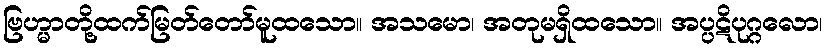
ဗြဟ္မာတို့ထက်မြတ်တော်မူထသော။ အသမော၊ အတုမရှိထသော။ အပ္ပဋိပုဂ္ဂလော၊